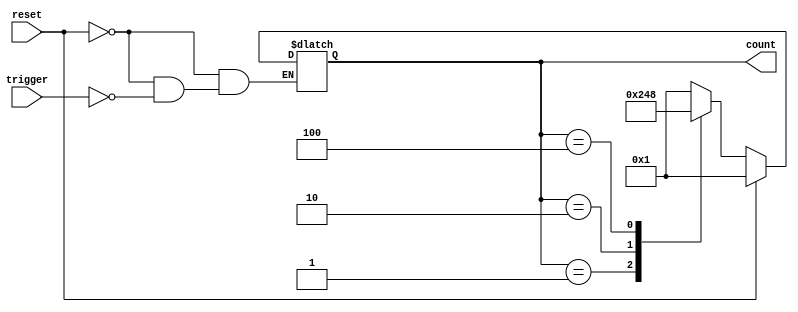
module asynchronous_ring_counter(
    input wire reset,    // Asynchronous reset signal
    input wire trigger,  // Input trigger for state transition
    output reg [3:0] count // Output state of the counter (4-bit)
);

    initial begin
        count = 4'b0001; // Initialize the counter to 0001
    end

    always @* begin
        if (reset) begin
            count = 4'b0001; // Reset state
        end else if (trigger) begin
            case (count)
                4'b0001: count = 4'b0010;
                4'b0010: count = 4'b0100;
                4'b0100: count = 4'b1000;
                4'b1000: count = 4'b0001; // Wrap around to the beginning
                default: count = 4'b0001; // Default case, should not occur
            endcase
        end
    end

endmodule